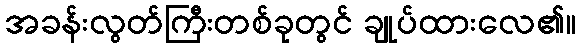
အခန်းလွတ်ကြီးတစ်ခုတွင် ချုပ်ထားလေ၏။